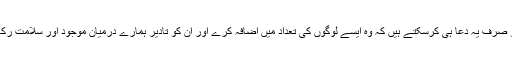
ہم تو صرف یہ دعا ہی کرسکتے ہیں کہ وہ ایسے لوگوں کی تعداد میں اضافہ کرے اور ان کو تادیر ہمارے درمیان موجود اور سلامت رکھے۔